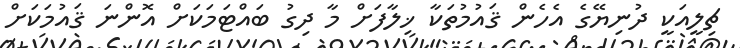
ޗިލީއަކީ ދުނިޔޭގެ އެހެން ޤައުމުތަކާ ޚިލާފަށް މާ ދިގު ބައްޓަމަކަށް އޮންނަ ޤައުމަކަށް